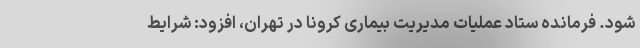
شود. فرمانده ستاد عملیات مدیریت بیماری کرونا در تهران، افزود: شرایط